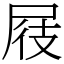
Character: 屐